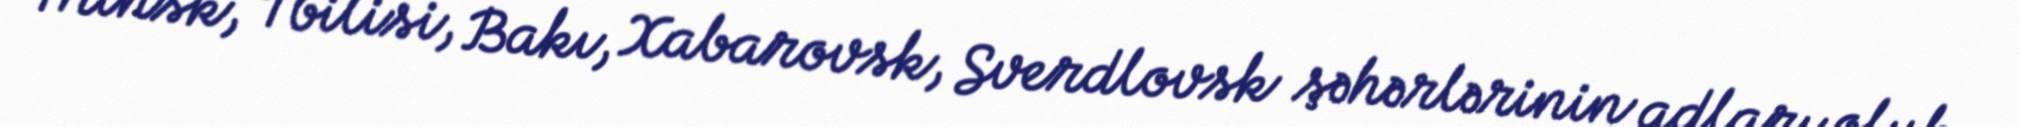
Minsk, Tbilisi, Bakı, Xabarovsk, Sverdlovsk şəhərlərinin adları olub.